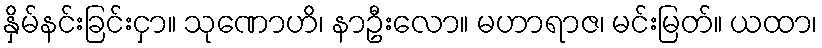
နှိမ်နင်းခြင်းငှာ။ သုဏောဟိ၊ နာဦးလော။ မဟာရာဇ၊ မင်းမြတ်။ ယထာ၊